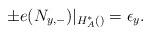
LaTeX: \begin{align*}\pm e(N_{y,-})|_{H_A^*()}=\epsilon_y.\end{align*}